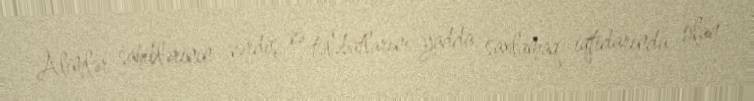
Alimlər sahiblərinin vərdiş və tələbatlarını yadda saxlamaq iqtidarında olan